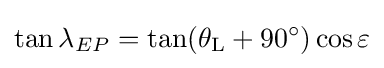
\tan \lambda _{EP}={\tan(\theta _{\rm {L}}+90^{\circ })\cos \varepsilon }